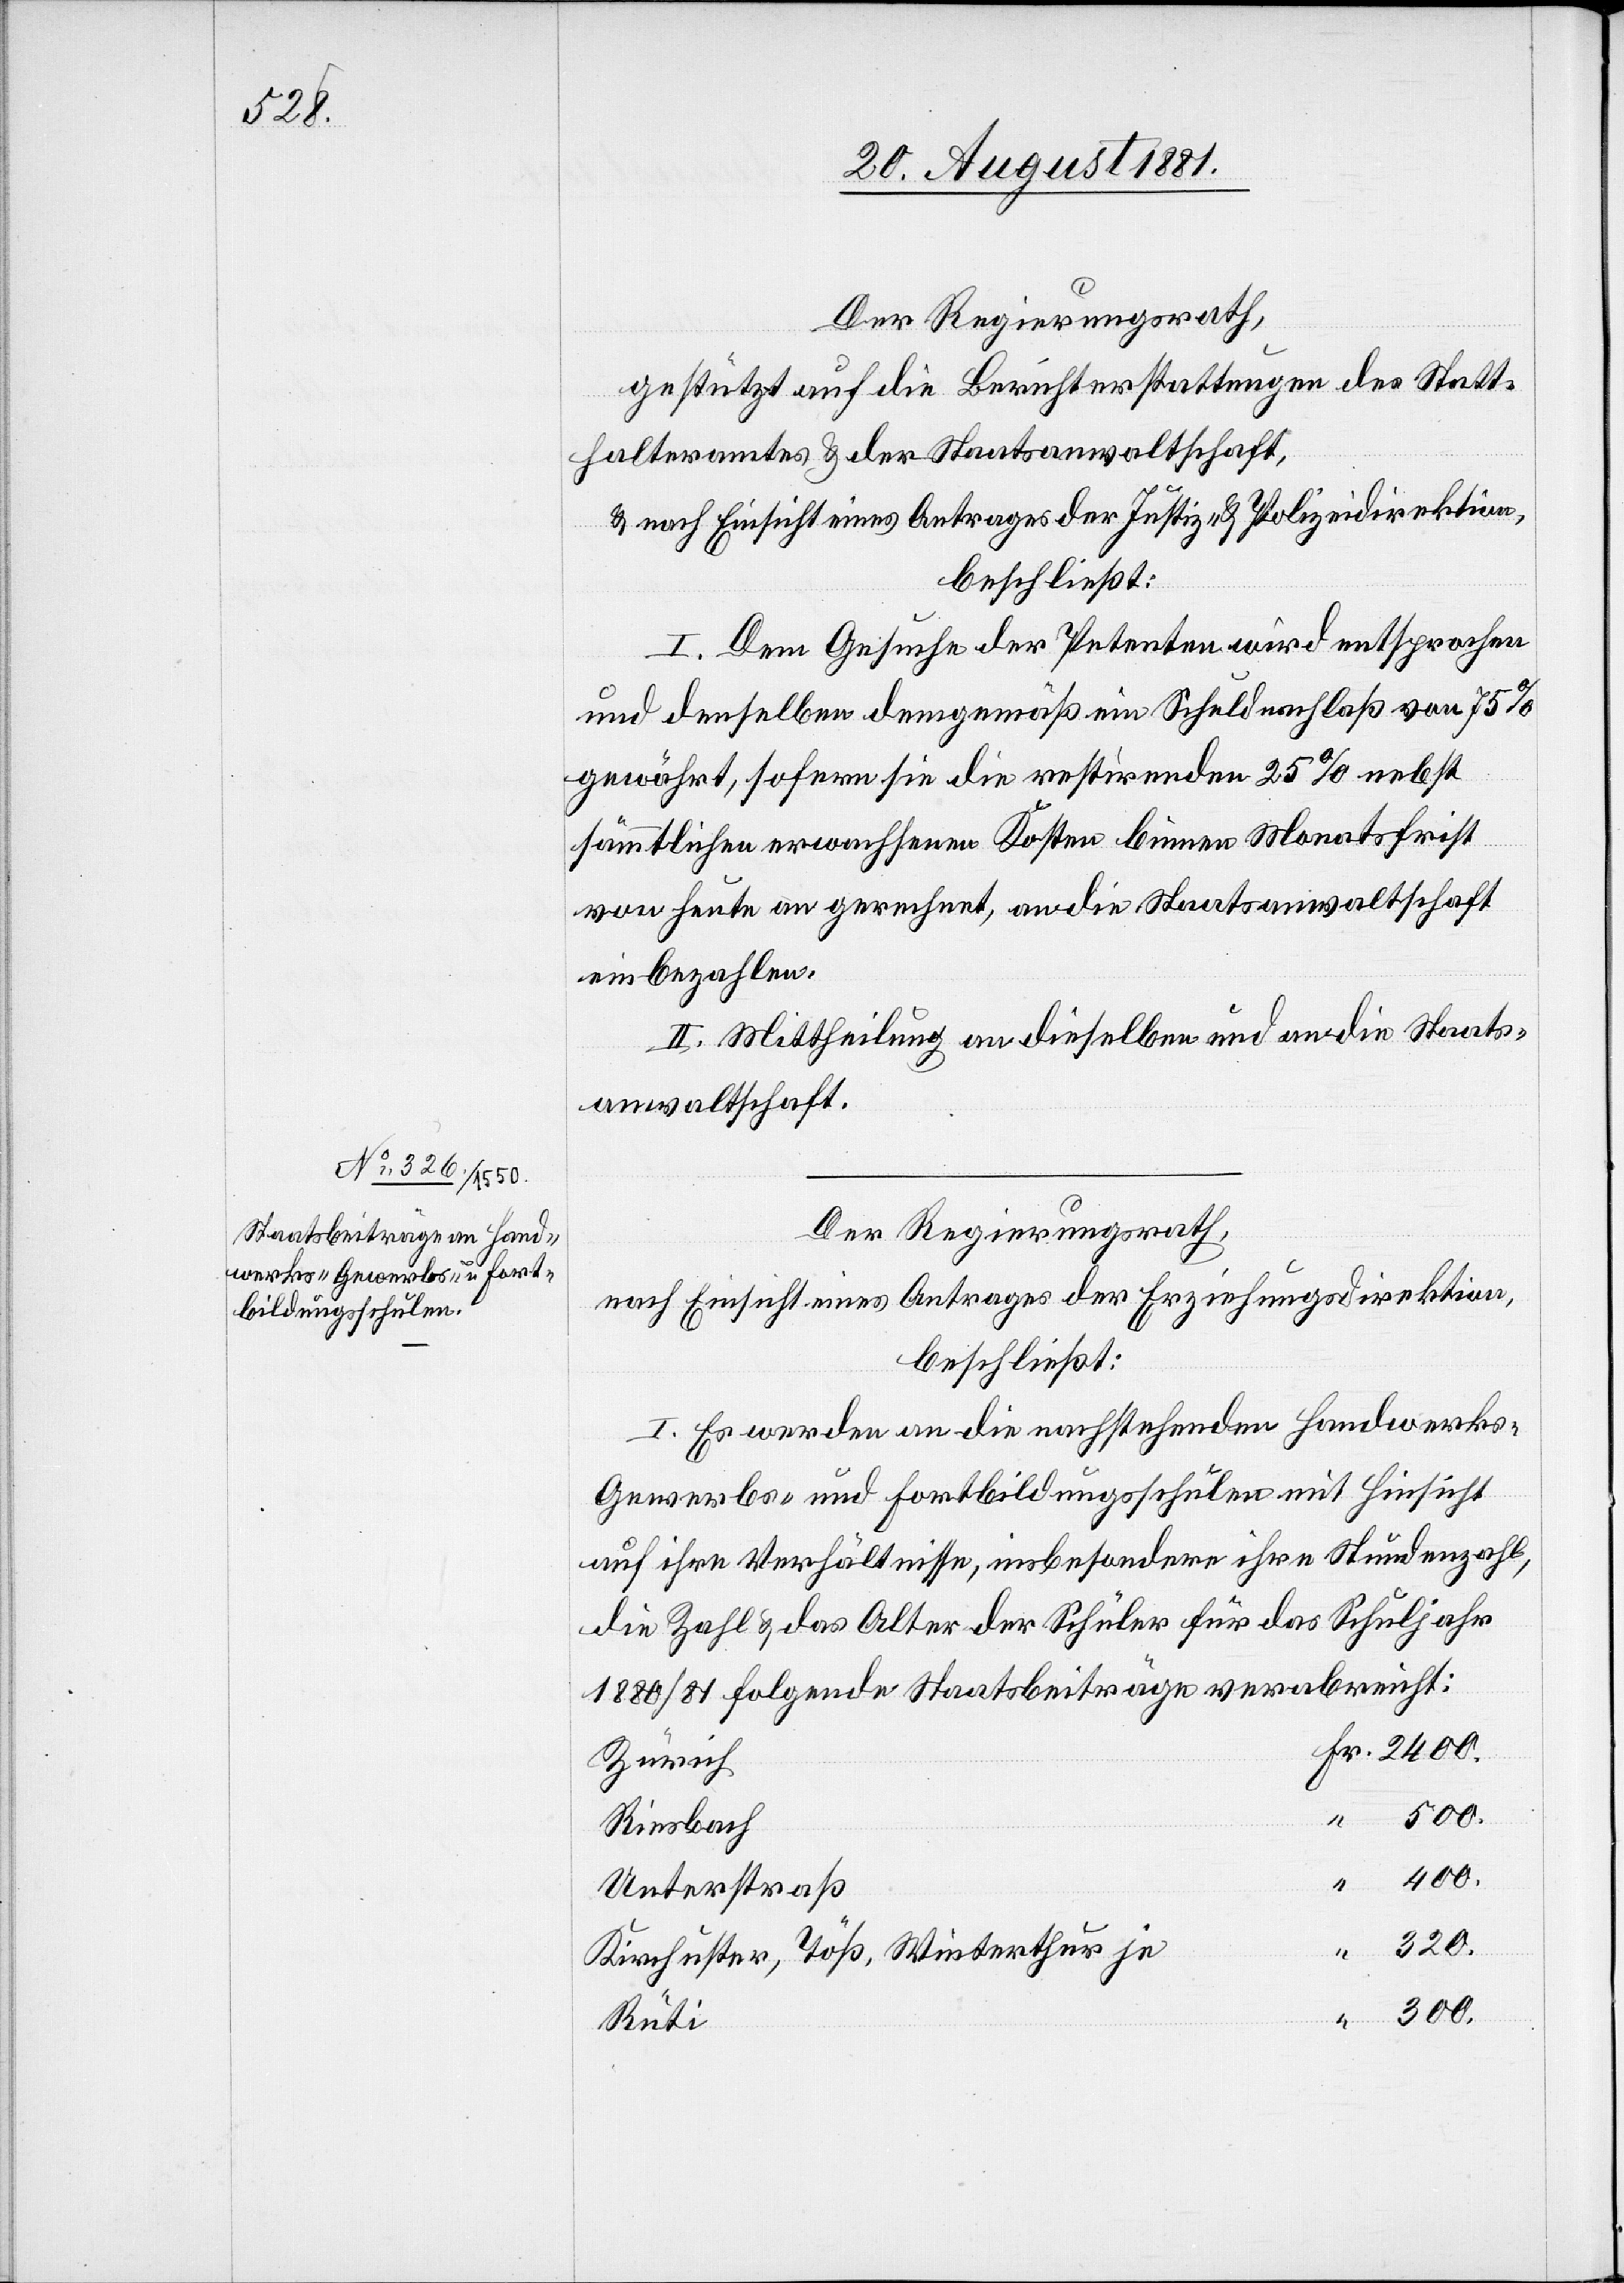
Der Regierungsrath,
gestützt auf die Berichterstattung des Statt¬
halteramtes & der Staatsanwaltschaft,
& nach Einsicht eines Antrages der Justiz- & Polizeidirektion,
beschließt:
I. Dem Gesuche der Petenten wird entsprochen
und denselben demgemäß ein Schuldnachlaß von 75%
gewährt, sofern sie die restirenden 25% nebst
sämmtlichen erwachsenen Kosten binnen Monatsfrist
von heute an gerechnet, an die Staatsanwaltschaft
einbezahlen.
II. Mittheilung an dieselben und an die Staats¬
anwaltschaft.
Der Regierungsrath,
nach Einsicht eines Antrages der Erziehungsdirektion,
beschließt:
I. Es werde an die nachstehenden Handwerks-[,]
Gewerbs- und Fortbildungsschulen mit Hinsicht
auf ihre Verhältnisse, insbesondere ihre Stundenzahl,
die Zahl & das Alter der Schüler für das Schuljahr
1880/81 folgende Staatsbeiträge verabreicht:
Zürich
400.
Riesbach
Unterstraß
320.
Kirchuster, Töß, Winterthur je
300.
Rüti